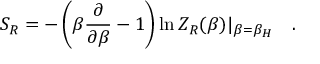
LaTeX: S _ { R } = - \left( \beta { \frac { \partial } { \partial \beta } } - 1 \right) \ln Z _ { R } ( \beta ) | _ { \beta = \beta _ { H } } ~ ~ ~ .